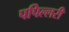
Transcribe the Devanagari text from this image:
पपिल्लरी